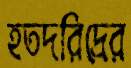
হতদরিদ্রের